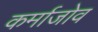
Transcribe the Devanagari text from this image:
कर्माजोव